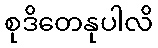
စုဒိတေနုပါလိ